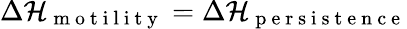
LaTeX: \Delta\mathcal{H}_{\mathrm{~m~o~t~i~l~i~t~y~}}=\Delta\mathcal{H}_{\mathrm{~p~e~r~s~i~s~t~e~n~c~e~}}